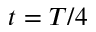
t = T / 4